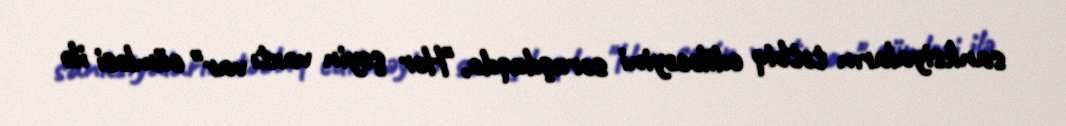
sanksiyaların tətbiq ediləcəyini soruşduqda, "Hər şeyin vaxtı var" cümləsi ilə